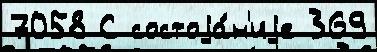
7058 С состоjа́н'иjе 369